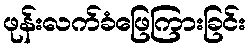
ဖုန်းလက်ခံဖြေကြားခြင်း